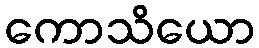
ကောသိယော